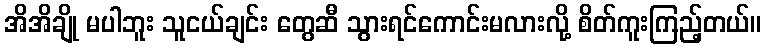
အိအိချို မပါဘူး သူငယ်ချင်း တွေဆီ သွားရင်ကောင်းမလားလို့ စိတ်ကူးကြည့်တယ်။